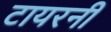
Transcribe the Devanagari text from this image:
टायरनी